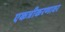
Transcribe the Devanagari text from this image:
एकत्रीकरणावर